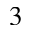
^ 3